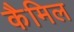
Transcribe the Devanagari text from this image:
कैमिल